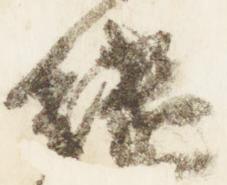
継